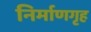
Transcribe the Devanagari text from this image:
निर्माणगृह